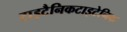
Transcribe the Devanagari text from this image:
टाइटैनिकटाइटेनिक